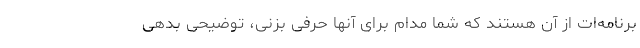
برنامه‌ات از آن هستند که شما مدام برای آنها حرفی بزنی، توضیحی بدهی